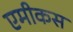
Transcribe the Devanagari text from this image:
एमीकस